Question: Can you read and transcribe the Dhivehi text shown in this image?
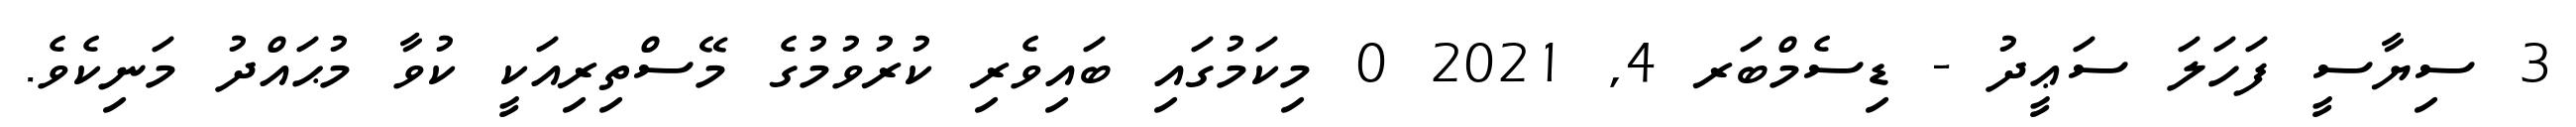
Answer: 3 ސިޔާސީ ފަހަލަ ސަޢީދު - ޑިސެމްބަރ 4, 2021 0 މިކަމުގައި ބައިވެރި ކުރުވުމުގެ މޭސްތިރިއަކީ ކުވާ މުޙައްދު މަނިކެވެ.